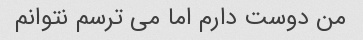
من دوست دارم اما می ترسم نتوانم